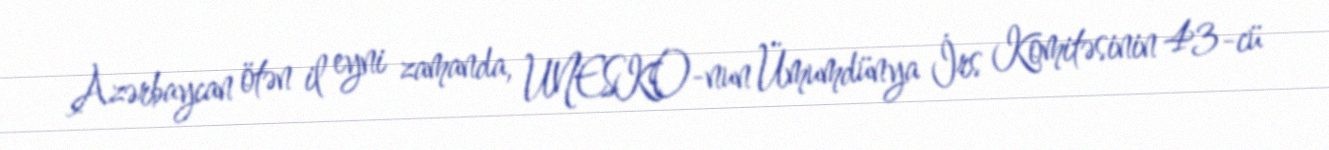
Azərbaycan ötən il eyni zamanda, UNESKO-nun Ümumdünya İrs Komitəsinin 43-cü